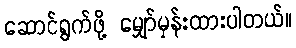
ဆောင်ရွက်ဖို့ မျှော်မှန်းထားပါတယ်။